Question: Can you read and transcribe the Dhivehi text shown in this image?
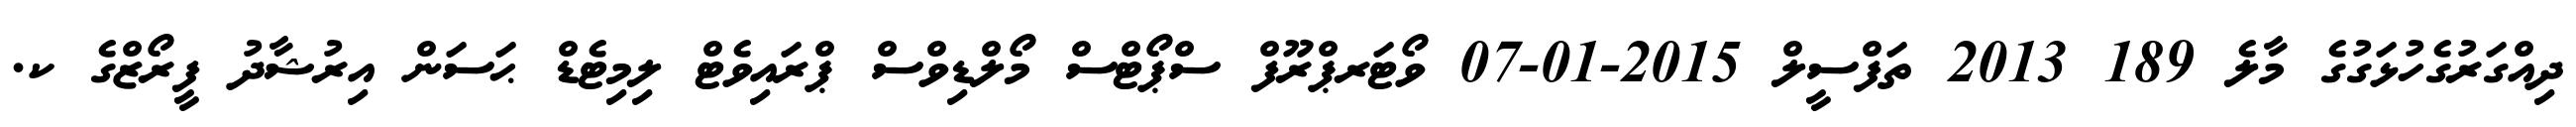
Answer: ދިއްގަރުގެހުޅަގުގެ މާލެ 189 2013 ތަފްސީލް 2015-01-07 ވޯޓަރޕްރޫފް ސްޕޯޓްސް މޯލްޑިވްސް ޕްރައިވެޓް ލިމިޓެޑް ޙަސަން އިރުޝާދު ފީރޯޒްގެ ކ.